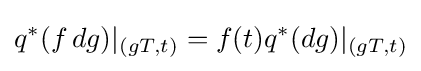
q^{*}(f\,dg)|_{(gT,t)}=f(t)q^{*}(dg)|_{(gT,t)}